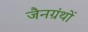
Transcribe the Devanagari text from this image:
जैनग्रंथों